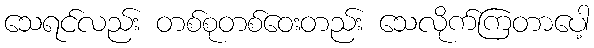
သေရင်လည်း တစ်စုတစ်ဝေးတည်း သေလိုက်ကြတာပေါ့